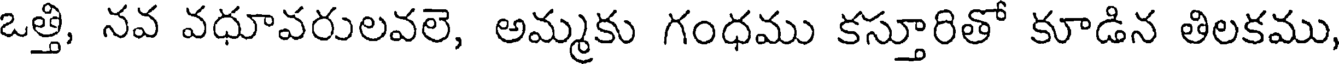
ఒత్తి, నవ వధూవరులవలె, అమ్మకు గంధము కస్తూరితో కూడిన తిలకము